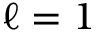
\ell = 1